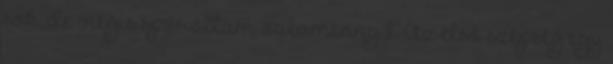
sok, de mégis spóroltam valamennyit. Az első szépség egy